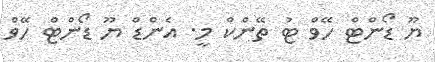
ޔޫ ޑޯންޓް ހޭވް ޓު ތޭންކް މީ. އެންޑް ޔޫ ޑޯންޓް ހޭވް